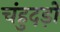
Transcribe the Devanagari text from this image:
चंहुदड़ों